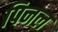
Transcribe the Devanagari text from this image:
पिनल